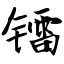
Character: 镭